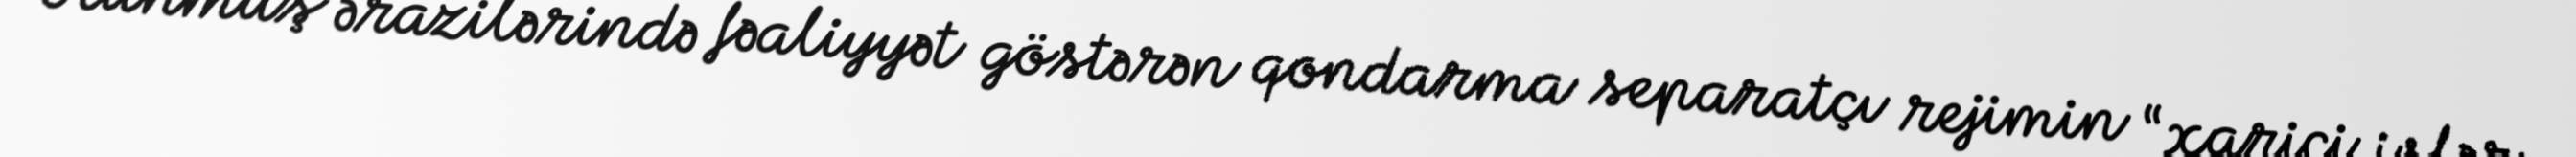
olunmuş ərazilərində fəaliyyət göstərən qondarma separatçı rejimin “xarici işlər